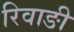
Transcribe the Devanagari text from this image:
रिवाङी